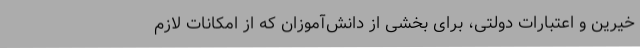
خیرین و اعتبارات دولتی، برای بخشی از دانش‌آموزان که از امکانات لازم